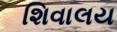
શિવાલય